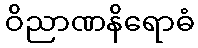
ဝိညာဏနိရောဓံ